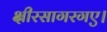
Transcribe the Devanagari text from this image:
क्षीरसागरगए।